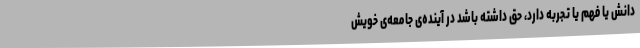
دانش یا فهم یا تجربه دارد، حق داشته باشد در آینده‌ی جامعه‌ی خویش